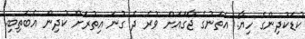
ކުޑަކުދިންގެ ހިޔާ: އެތަނުގެ ޖާގައަށް ވުރެ ދެ ގުނަ އިތުރަށް ކުދިން އެބަތިބި.